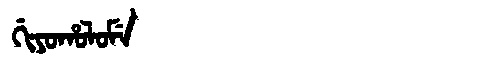
Manchu: ᡤᡳᠶᠣᡥᠣᠯᠣᠮᡝ
Romanization: GIYOHOLOME